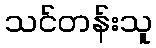
သင်တန်းသူ